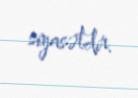
siyasətdir.